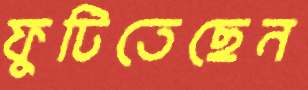
ফুটিতেছেন